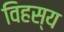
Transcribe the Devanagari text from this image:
विहस्य